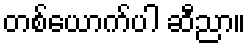
တစ်ယောက်ပါ ဆီညာ။